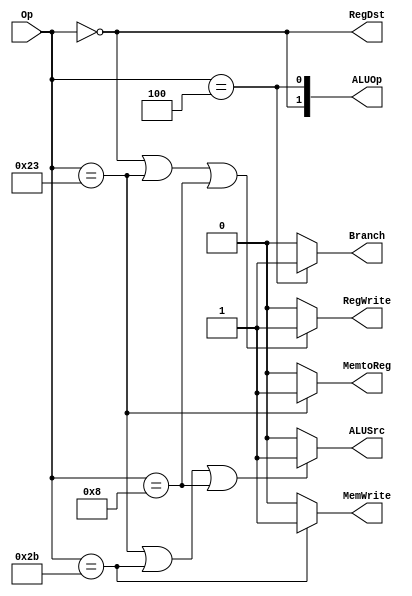

//////////////////////////////////////////////////////////////////////////////////
// Company: 
// Engineer: 
// 
// Design Name: 
// Module Name: decoder_controle
// Project Name: 
// Target Devices: 
// Tool Versions: 
// Description: 
// 
// Dependencies: 
// 
// Revision:
// Revision 0.01 - File Created
// Additional Comments:
// 
//////////////////////////////////////////////////////////////////////////////////


module decoder_controle(Op,RegWrite,ALUSrc,MemWrite,MemtoReg,Branch,RegDst,ALUOp);
    input [5:0]Op;
    output RegWrite,ALUSrc,MemWrite,MemtoReg,Branch,RegDst;
    output [1:0]ALUOp;

    assign RegWrite = (Op == 6'd0 | Op == 6'h23 | Op == 6'h8 ) ? 1'b1 :
                                                              1'b0 ;
    
    assign ALUSrc = (Op == 6'h23 | Op == 6'h2B | Op == 6'h08) ? 1'b1 :
                                                            1'b0 ;
    assign MemWrite = (Op == 6'h2B) ? 1'b1 :
                                           1'b0 ;
    assign MemtoReg = (Op == 6'h23 ) ? 1'b1 :
                                            1'b0 ;
    assign Branch = (Op == 6'h04 ) ? 1'b1 :
                                         1'b0 ;
    assign ALUOp[1]=(Op==6'd0);
    assign ALUOp[0]=(Op==6'd4);
    
   
    assign RegDst=(Op==6'd0);
endmodule